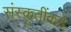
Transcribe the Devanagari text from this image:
संस्कृतींकडे